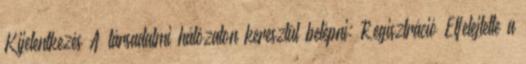
Kijelentkezés A társadalmi hálózaton keresztül belépni: Regisztráció Elfelejtette a